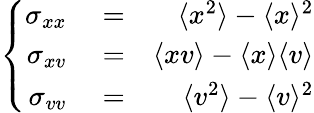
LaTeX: \left\{ \begin{array}{rlr}{\sigma_{xx}}&{{}=}&{\langle x^{2}\rangle-\langle x\rangle^{2}}\\ {\sigma_{xv}}&{{}=}&{\langle xv\rangle-\langle x\rangle\langle v\rangle}\\ {\sigma_{vv}}&{{}=}&{\langle v^{2}\rangle-\langle v\rangle^{2}}\end{array}\right.